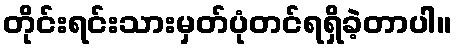
တိုင်းရင်းသားမှတ်ပုံတင်ရရှိခဲ့တာပါ။